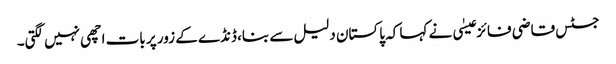
جسٹس قاضی فائز عیسٰی نے کہا کہ پاکستان دلیل سے بنا، ڈنڈے کے زور پر بات اچھی نہیں لگتی۔